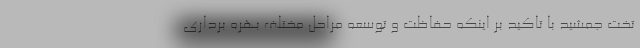
تخت جمشید با تاکید بر اینکه حفاظت و توسعه مراحل مختلف بهره برداری